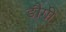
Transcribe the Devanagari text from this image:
ङौगी